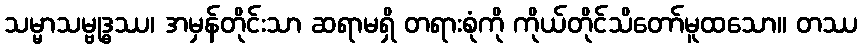
သမ္မာသမ္ဗုဒ္ဓဿ၊ အမှန်တိုင်းသာ ဆရာမရှိ တရားစုံကို ကိုယ်တိုင်သိတော်မူထသော။ တဿ